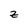
Character: Z